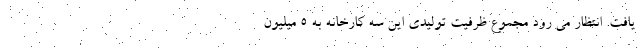
یافت. انتظار می رود مجموع ظرفیت تولیدی این سه کارخانه به ۵ میلیون